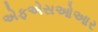
એફએસઓઆર